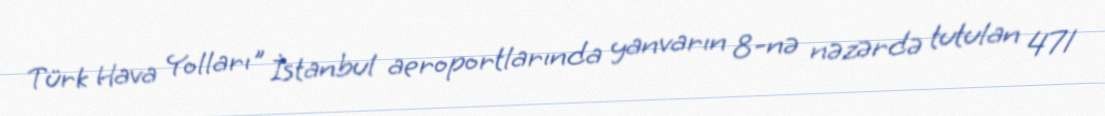
Türk Hava Yolları" İstanbul aeroportlarında yanvarın 8-nə nəzərdə tutulan 471